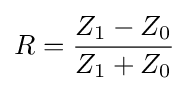
R={\frac {Z_{1}-Z_{0}}{Z_{1}+Z_{0}}}